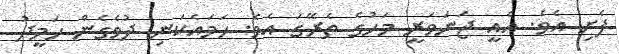
ފެށި އެވެ. އެއީ ޖަނަވަރީ މަހުގެ ތެެރޭގަ އެވެ. ހަމައެކަނި ދުވެގެން ހަމީދު